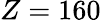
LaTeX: Z=160